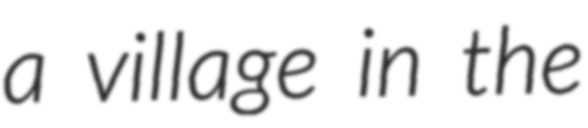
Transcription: a village in the